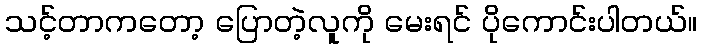
သင့်တာကတော့ ပြောတဲ့လူကို မေးရင် ပိုကောင်းပါတယ်။